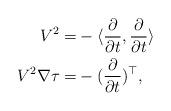
LaTeX: \begin{align*} V ^2 = &- \langle \frac{\partial}{\partial t},\frac{\partial}{\partial t} \rangle\\V ^2 \nabla \tau=& - (\frac{\partial}{\partial t})^\top,\end{align*}